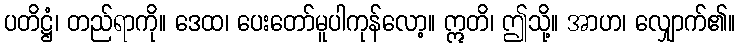
ပတိဋ္ဌံ၊ တည်ရာကို။ ဒေထ၊ ပေးတော်မူပါကုန်လော့။ ဣတိ၊ ဤသို့။ အာဟ၊ လျှောက်၏။